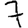
Digit: 7